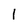
Character: 1